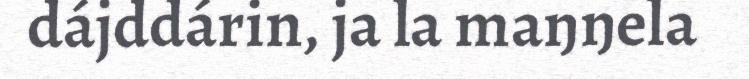
dájddárin, ja la maŋŋela